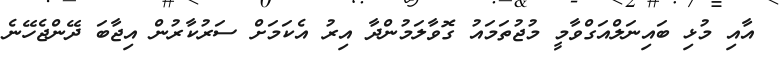
އާއި މުޅި ބައިނަލްއަގްވާމީ މުޖުތަމައު ގޮވާލަމުންދާ އިރު އެކަމަށް ސަރުކާރުން އިޖާބަ ދޭންޖެހޭނެ